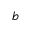
b